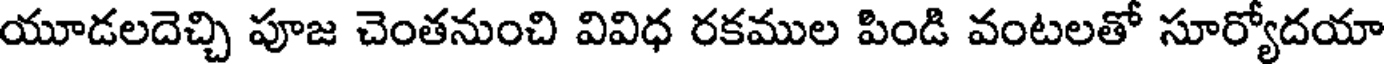
యూడలదెచ్చి పూజ చెంతనుంచి వివిధ రకముల పిండి వంటలతో సూర్యోదయా